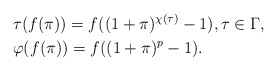
\begin{align*} &\tau (f(\pi))=f((1+\pi)^{\chi (\tau)}-1),\tau \in \Gamma,\\&\varphi (f(\pi))=f((1+\pi)^p-1).\end{align*}